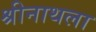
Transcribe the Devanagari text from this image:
श्रीनाथला